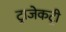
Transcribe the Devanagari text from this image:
ट्राजेकट्री